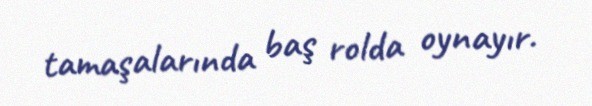
tamaşalarında baş rolda oynayır.